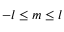
- l \leq m \leq l